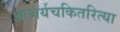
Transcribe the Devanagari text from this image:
आश्चर्यचकितरित्या